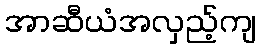
အာဆီယံအလှည့်ကျ